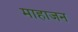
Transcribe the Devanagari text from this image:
माहाजन